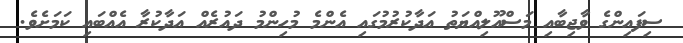
ސިފައިންގެ ވާޖިބާއި މަސްއޫލިއްޔަތު އަދާކުރުމުގައި އެންމެ މުހިންމު ދައުރެއް އަދާކުރާ އެއްބައި ކަމަށެވެ.